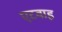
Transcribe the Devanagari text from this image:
एटवाह